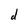
Character: d